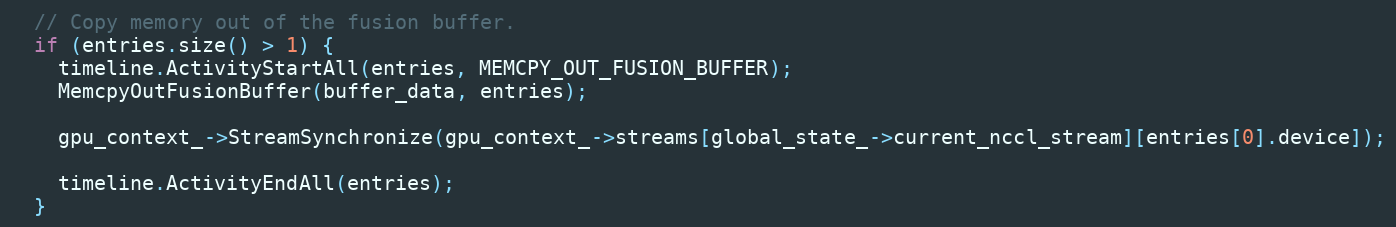
Language: C++
  // Copy memory out of the fusion buffer.
  if (entries.size() > 1) {
    timeline.ActivityStartAll(entries, MEMCPY_OUT_FUSION_BUFFER);
    MemcpyOutFusionBuffer(buffer_data, entries);

    gpu_context_->StreamSynchronize(gpu_context_->streams[global_state_->current_nccl_stream][entries[0].device]);

    timeline.ActivityEndAll(entries);
  }